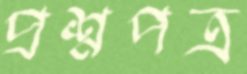
প্রশ্নপত্র